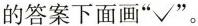
的答案下面画”√”。